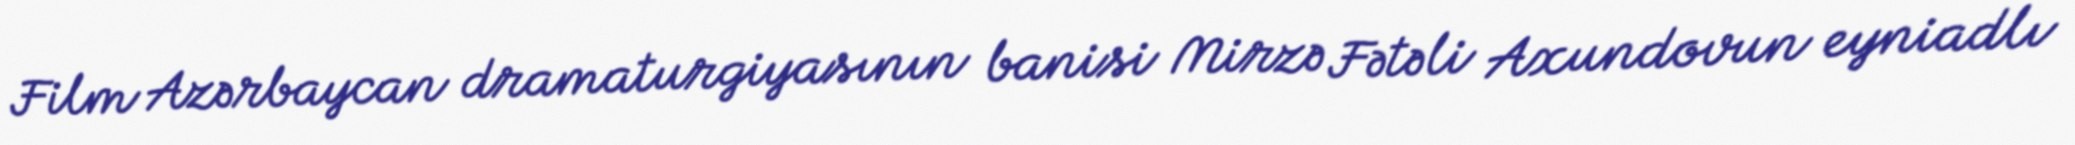
Film Azərbaycan dramaturgiyasının banisi Mirzə Fətəli Axundovun eyniadlı